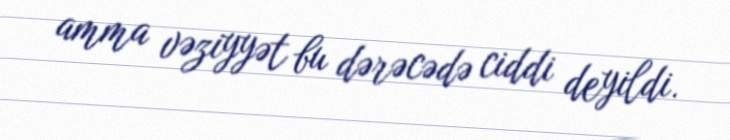
amma vəziyyət bu dərəcədə ciddi deyildi.